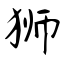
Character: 狮